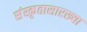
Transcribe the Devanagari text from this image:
संस्कृतासारख्या